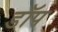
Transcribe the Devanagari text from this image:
डॉप